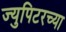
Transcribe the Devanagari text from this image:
ज्युपिटरच्या